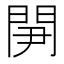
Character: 𨳬